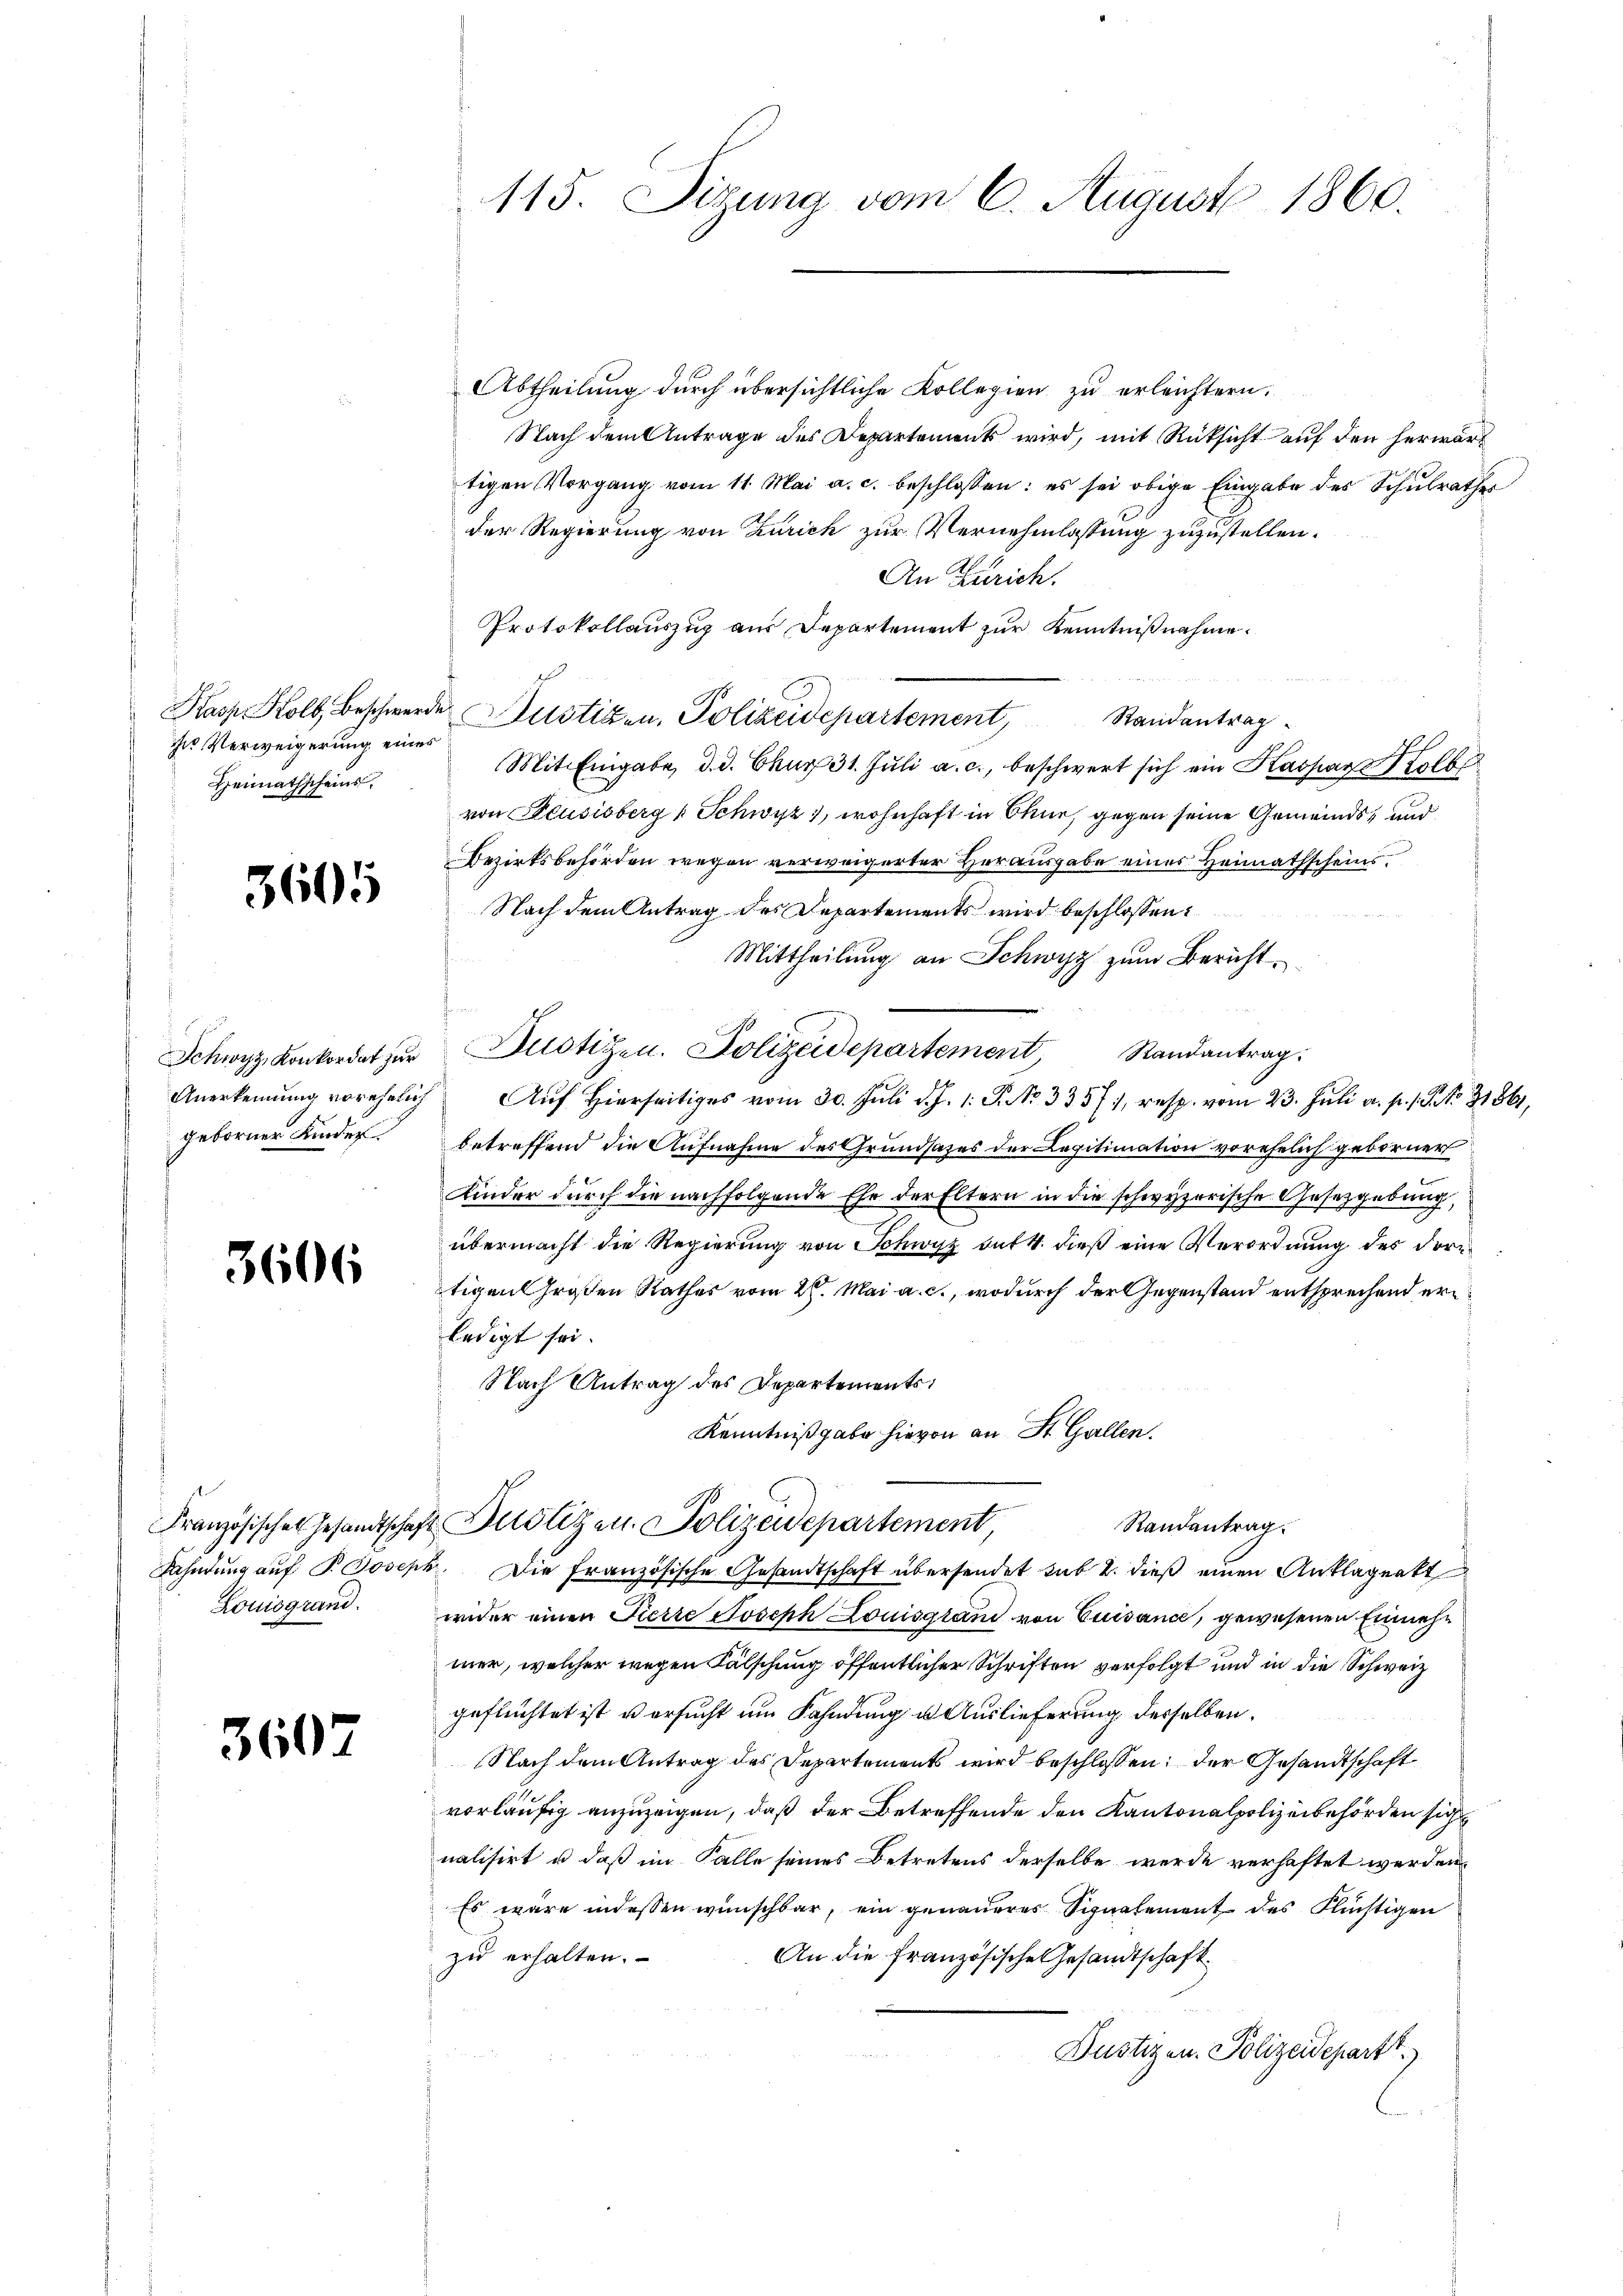
zu Verweigerung eines
Heimathscheins

3605

Schwyz, Konkordat zur
geborner Kinder

3606

Französisches Gesandtschaf
Louisgrand.

3607

115. Sizung vom 6. August 1860.

Abtheilung durch übersichtliche Kollegien zu erleichtern.
Nach dem Antrage des Departements wird, mit Rücksicht auf den herwärt
tigen Vorgang vom 11. Mai a. c. beschlossen: es sei obige Eingabe des Schulrathes
der Regierung von Zürich zur Vernehmlassung zuzustellen.
An Zürich.
Protokollauszug aus Departement zur Kenntnißnahme.
Kasp. Kolb Beschwerde Justiz- u. Polizeidepartement, Randantrag
Mit Eingabe, d. d. Chur 31. Jŭli a. c., beschwert sich ein Kaspar Kolb
von Heusisberg (Schwyz, wohnhaft in Ohne gegen seine Gemeinds- und
Bezirksbehörden wegen verweigerter Herausgabe eines Heimathscheins¬
Nach dem Antrag des Departements wird beschlossen:
Mittheilung an Schwyz zum Bericht
Justizen. Polizeidepartement, Randantrag:
Anerkennung vorehelich Aŭf Hierseitiges vom 30. Jŭli d. J. 1. P. Nr. 335, resp. vom 23. Jŭli a. p. 1 S. 31861,
betreffend die Aufnahme des Grundsatzes der Legitimation vorehelich geborner
Kinder durch die nachfolgende Ehe der Eltern in die schwyzerische Gesetzgebung,
übermacht die Regierung von Schwyz auf 4. dieß eine Verordnung des dortigen Großen Rathes vom 26. Mai a. c., wodurch der Gegenstand entsprechend erledigt sei.
Nach Antrag des Departements
Kenntnißgabe hievon an St. Gallen.
u Justizen. Polizeidepartement,
Randantrag.
Fahndung auf P. Joseph. Die Französische Gesandtschaft übersendet sub 2. dieß einen Anklagenkt
wider einen Fierte Joseph Louisgland von Quisance, gewesenen Einmehr
mer, welcher wegen Fälschung öffentlicher Schriften verfolgt und in die Schweiz
geflüchtet ist versucht im Fahndung u. Auslieferung desselben
Nach dem Antrag des Departements wird beschlossen; der Gesandtschaft
vorläufig anzuzeigen, daß der Betreffende den Kantonalpolizeibehörden sich
nalisirt u. daß im Falle seines Betretens derselbe werde verhaftet werden.
Es wäre indessen wünschbar, ein genauerer Signalement des Flüchtigen
zu erhalten.
An die französische Gesandtschaft
Justizen. Polizeideparts.)